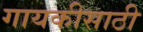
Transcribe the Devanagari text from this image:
गायकीसाठी